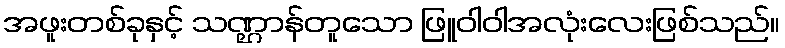
အဖူးတစ်ခုနှင့် သဏ္ဌာန်တူသော ဖြူဝါဝါအလုံးလေးဖြစ်သည်။